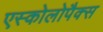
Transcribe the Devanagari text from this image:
एस्कोलोपैक्स